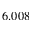
6 . 0 0 8